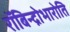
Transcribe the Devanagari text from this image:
रॉबिन्द्रोभारोति